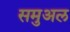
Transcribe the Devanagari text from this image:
समुअल